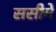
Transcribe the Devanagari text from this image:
ससीमे